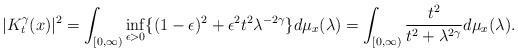
\begin{align*}| K_t^\gamma(x) |^2=\int_{[0, \infty)}\inf_{\epsilon > 0}\{(1 - \epsilon)^2+\epsilon^2 t^2 \lambda^{-2 \gamma}\}d\mu_{x}(\lambda)=\int_{[0, \infty)}\frac{t^2}{t^2 + \lambda^{2 \gamma}}d\mu_{x}(\lambda).\end{align*}